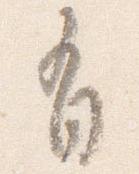
有